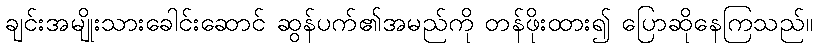
ချင်းအမျိုးသားခေါင်းဆောင် ဆွန်ပက်၏အမည်ကို တန်ဖိုးထား၍ ပြောဆိုနေကြသည်။